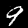
Digit: 9